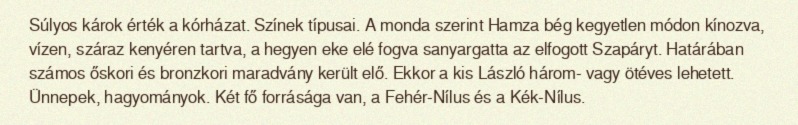
Súlyos károk érték a kórházat. Színek típusai. A monda szerint Hamza bég kegyetlen módon kínozva, vízen, száraz kenyéren tartva, a hegyen eke elé fogva sanyargatta az elfogott Szapáryt. Határában számos őskori és bronzkori maradvány került elő. Ekkor a kis László három- vagy ötéves lehetett. Ünnepek, hagyományok. Két fő forrásága van, a Fehér-Nílus és a Kék-Nílus.